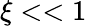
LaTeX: \xi<<1